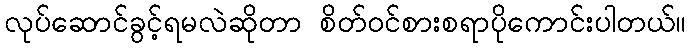
လုပ်ဆောင်ခွင့်ရမလဲဆိုတာ စိတ်ဝင်စားစရာပိုကောင်းပါတယ်။